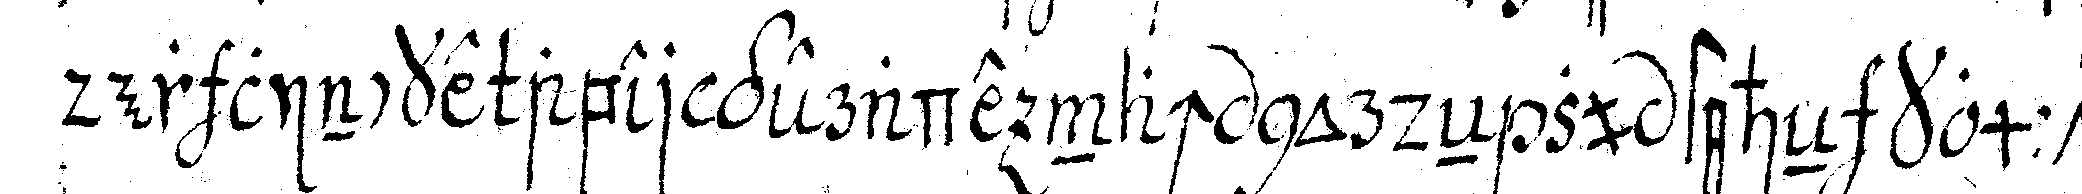
der lincke aber gerade nach nordeN zu steheN kommt